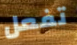
تفعل